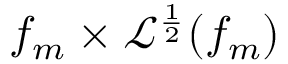
f _ { m } \times \mathcal { L } ^ { \frac { 1 } { 2 } } ( f _ { m } )